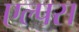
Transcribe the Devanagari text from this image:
एल्पस